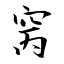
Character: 窉